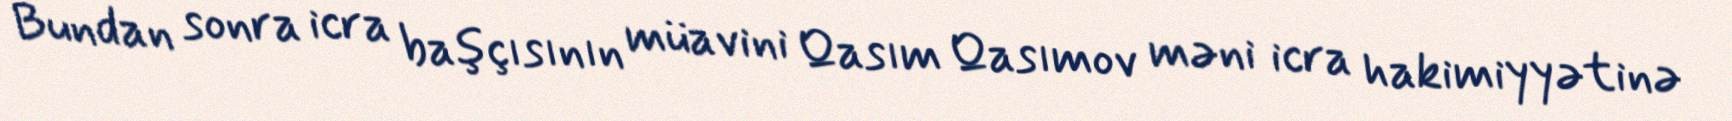
Bundan sonra icra başçısının müavini Qasım Qasımov məni icra hakimiyyətinə